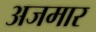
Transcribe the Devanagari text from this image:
अजमार